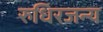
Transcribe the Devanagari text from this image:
रुधिरजन्य